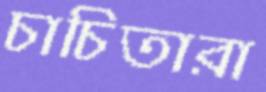
চাচিতারা